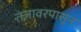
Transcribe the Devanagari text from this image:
तंजावरपासून